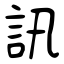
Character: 訊